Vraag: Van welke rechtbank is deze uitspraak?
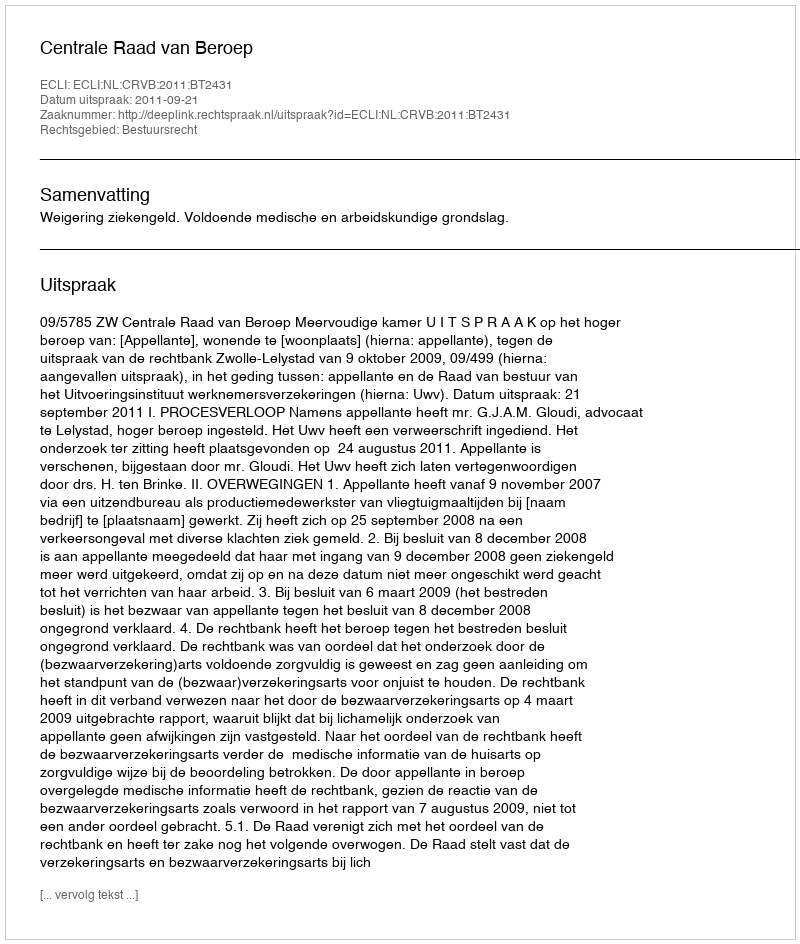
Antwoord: Centrale Raad van Beroep